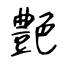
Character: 艶